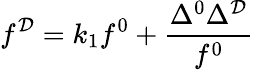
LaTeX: f^{{\cal D}}=k_{1}f^{0}+\frac{\Delta^{0}\Delta^{\cal D}}{f^{0}}